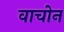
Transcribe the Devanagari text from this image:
वाचोन